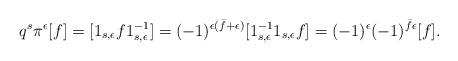
LaTeX: \begin{align*} q^s \pi^\epsilon [f] = [1_{s,\epsilon} f 1_{s,\epsilon}^{-1}] = (-1)^{\epsilon(\bar f + \epsilon)} [ 1_{s,\epsilon}^{-1} 1_{s,\epsilon} f] = (-1)^\epsilon (-1)^{\bar f \epsilon} [f]. \end{align*}